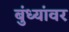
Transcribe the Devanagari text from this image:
बुंध्यांवर